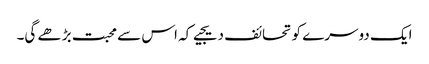
ایک دوسرے کو تحائف دیجیے کہ اس سے محبت بڑھے گی۔